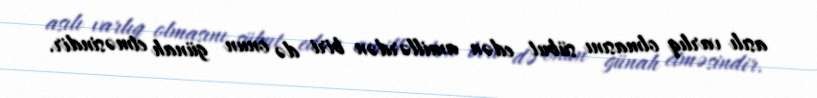
asılı varlıq olmasını sübut edən amillərdən biri də onun günah etməsindir.